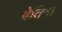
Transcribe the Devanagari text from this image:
बेतिना